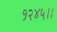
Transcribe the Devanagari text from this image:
१२४५।।